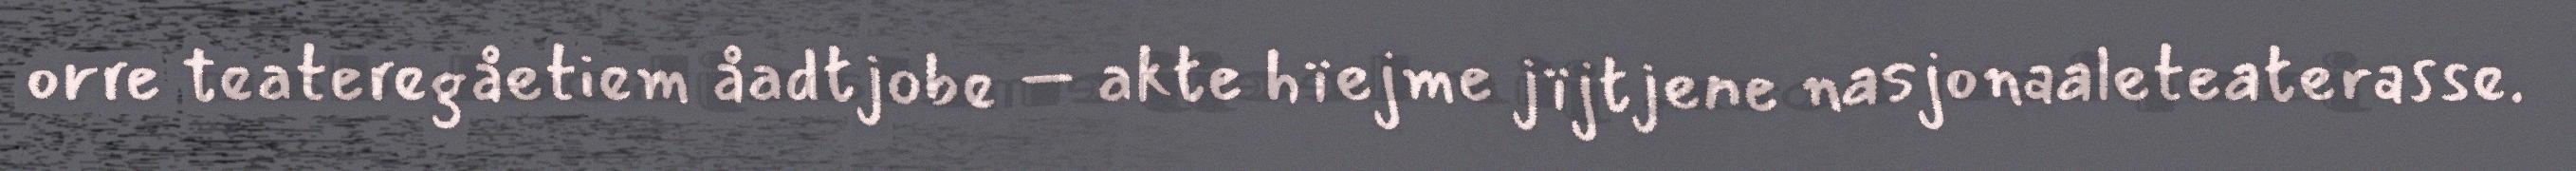
orre teateregåetiem åadtjobe – akte hïejme jïjtjene nasjonaaleteaterasse.